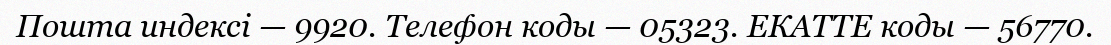
Пошта индексі — 9920. Телефон коды — 05323. ЕКАТТЕ коды — 56770.